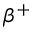
\beta ^ { + }